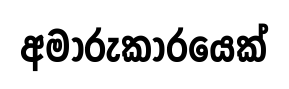
අමාරුකාරයෙක්